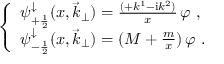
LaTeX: \left\{ \begin{array} { l } { { \psi _ { + \frac { 1 } { 2 } } ^ { \downarrow } ( x , { \vec { k } } _ { \perp } ) = \frac { ( + k ^ { 1 } - { \mathrm i } k ^ { 2 } ) } { x } \, \varphi \ , } } \\ { { \psi _ { - \frac { 1 } { 2 } } ^ { \downarrow } ( x , { \vec { k } } _ { \perp } ) = ( M + \frac { m } { x } ) \, \varphi \ . } } \end{array} \right.